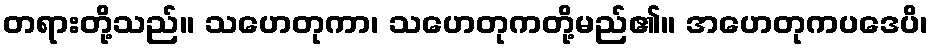
တရားတို့သည်။ သဟေတုကာ၊ သဟေတုကတို့မည်၏။ အဟေတုကပဒေပိ၊